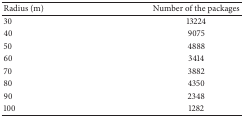
<table><thead><tr><td><b>Radius (m)</b></td><td><b>Number of the packages</b></td></tr></thead><tbody><tr><td>30</td><td>13224</td></tr><tr><td>40</td><td>9075</td></tr><tr><td>50</td><td>4888</td></tr><tr><td>60</td><td>3414</td></tr><tr><td>70</td><td>3882</td></tr><tr><td>80</td><td>4350</td></tr><tr><td>90</td><td>2348</td></tr><tr><td>100</td><td>1282</td></tr></tbody></table>